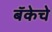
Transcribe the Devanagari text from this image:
बॅकेचे